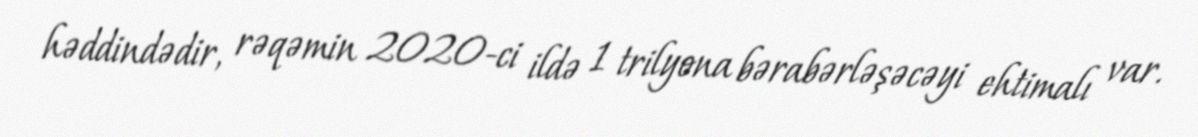
həddindədir, rəqəmin 2020-ci ildə 1 trilyona bərabərləşəcəyi ehtimalı var.